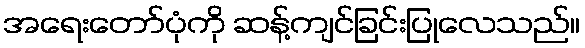
အရေးတော်ပုံကို ဆန့်ကျင်ခြင်းပြုလေသည်။